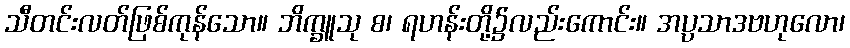
သီတင်းလတ်ဖြစ်ကုန်သော။ ဘိက္ခူသု စ၊ ရဟန်းတို့၌လည်းကောင်း။ အပ္ပသာဒဗဟုလော၊